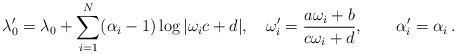
\begin{align*}\lambda_{0}' = \lambda_{0} + \sum_{i=1}^{N} (\alpha_{i} -1 ) \log|\omega_{i} c + d|, \quad\displaystyle \omega_{i}' = \frac{a\omega_{i} + b}{c\omega_{i} + d },\qquad \alpha_{i}' = \alpha_{i} \, .\end{align*}